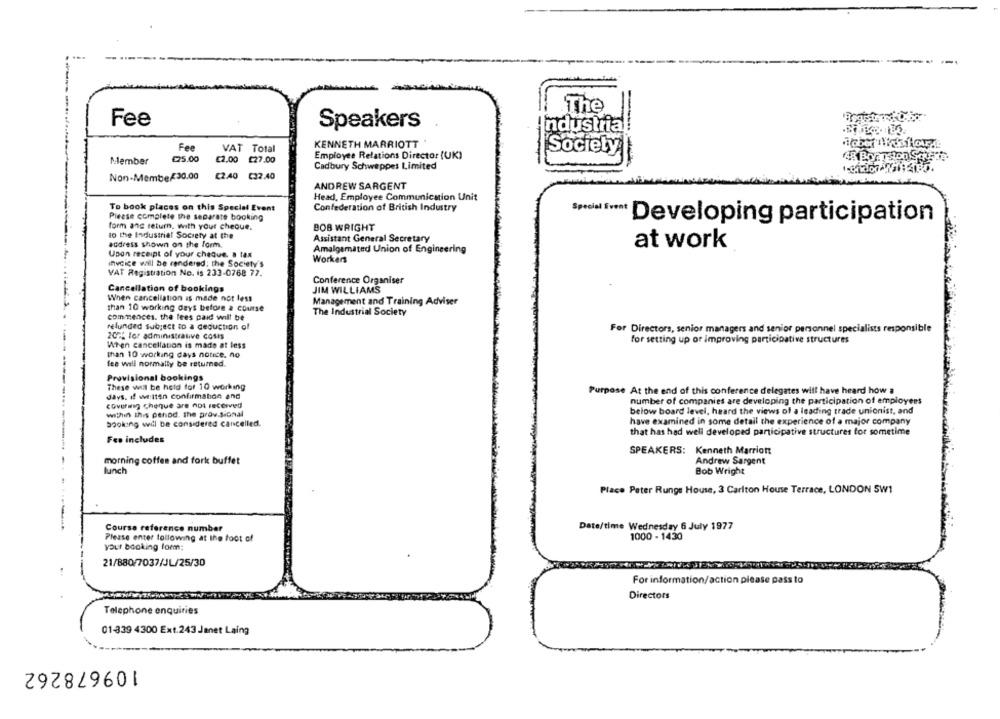
The
Fee
Speakers
Industrial
KENNETH MARRIOTT
Fee
VAT Total
Society
€15.00
€2.00 £27.00
Employee Relations Director (UK)
Member
Cadbury Schweppes Limited
Non-Membe/30.00
£2.40 C32.40
ANDREW SARGENT
Head, Employee Communication Unit
To book places on this Special Event
Confederation of British Industry
Please complete the separate booking
Developing participation
form ang return, with your checue.
BOB WRIGHT
to the Industrial Society at the
Assistant General Secretary
adress shown on the form.
at work
Amalgamated Union of Engineering
Upon receipt of your cheQue. a tax
Workers
invoice will be rendered; the Society's
VAT Registration No. is 233-0768 77.
Conference Organiser
Cancellation of bookings
JIM WILLIAMS
When cancellation is made not less
Management and Training Adviser
than 10 working days before a course
commences. the lees paid will be
The Industrial Society
refunded subject to a deduction of
For Directors, senior managers and senior personnel specialists responsible
2022 for administrative Costs
When cancellation is made at less
for setting up or improving participative structures
than 10 working days notice. no
lee will normally be returned.
Provisional bookings
These will be held for 10 working
days. if witten confirmation and
Purpose At the end of this conference delegates will have heard how
number of companies are developing the participation of employees
Covering Cheque are not received
below board level, heard the views of a leading trade unionist, and
within this penod. the prov.sional
booking wil be considered cancelled.
have examined in some detail the experience of a major company
that has had well developed participative structures for sometime
Fee includes
SPEAKERS: Kenneth Marriott
morning coffee and fork buffet
Andrew Sargent
lunch
Bob Wright
Place Peter Runge House, 3 Carlton House Terrace, LONDON SW1
Course reference number
Date/time Wednesday 6 July 1977
Please enter following at the foot of
1000 - 1430
your booking form;
21/880/7037/JL/25/30
For information/action please pass to
Directors
Telephone enquiries
01-339 4300 Ext.243 Janet Laing
109678262